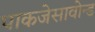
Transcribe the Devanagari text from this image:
पाकजेसावोन्ड